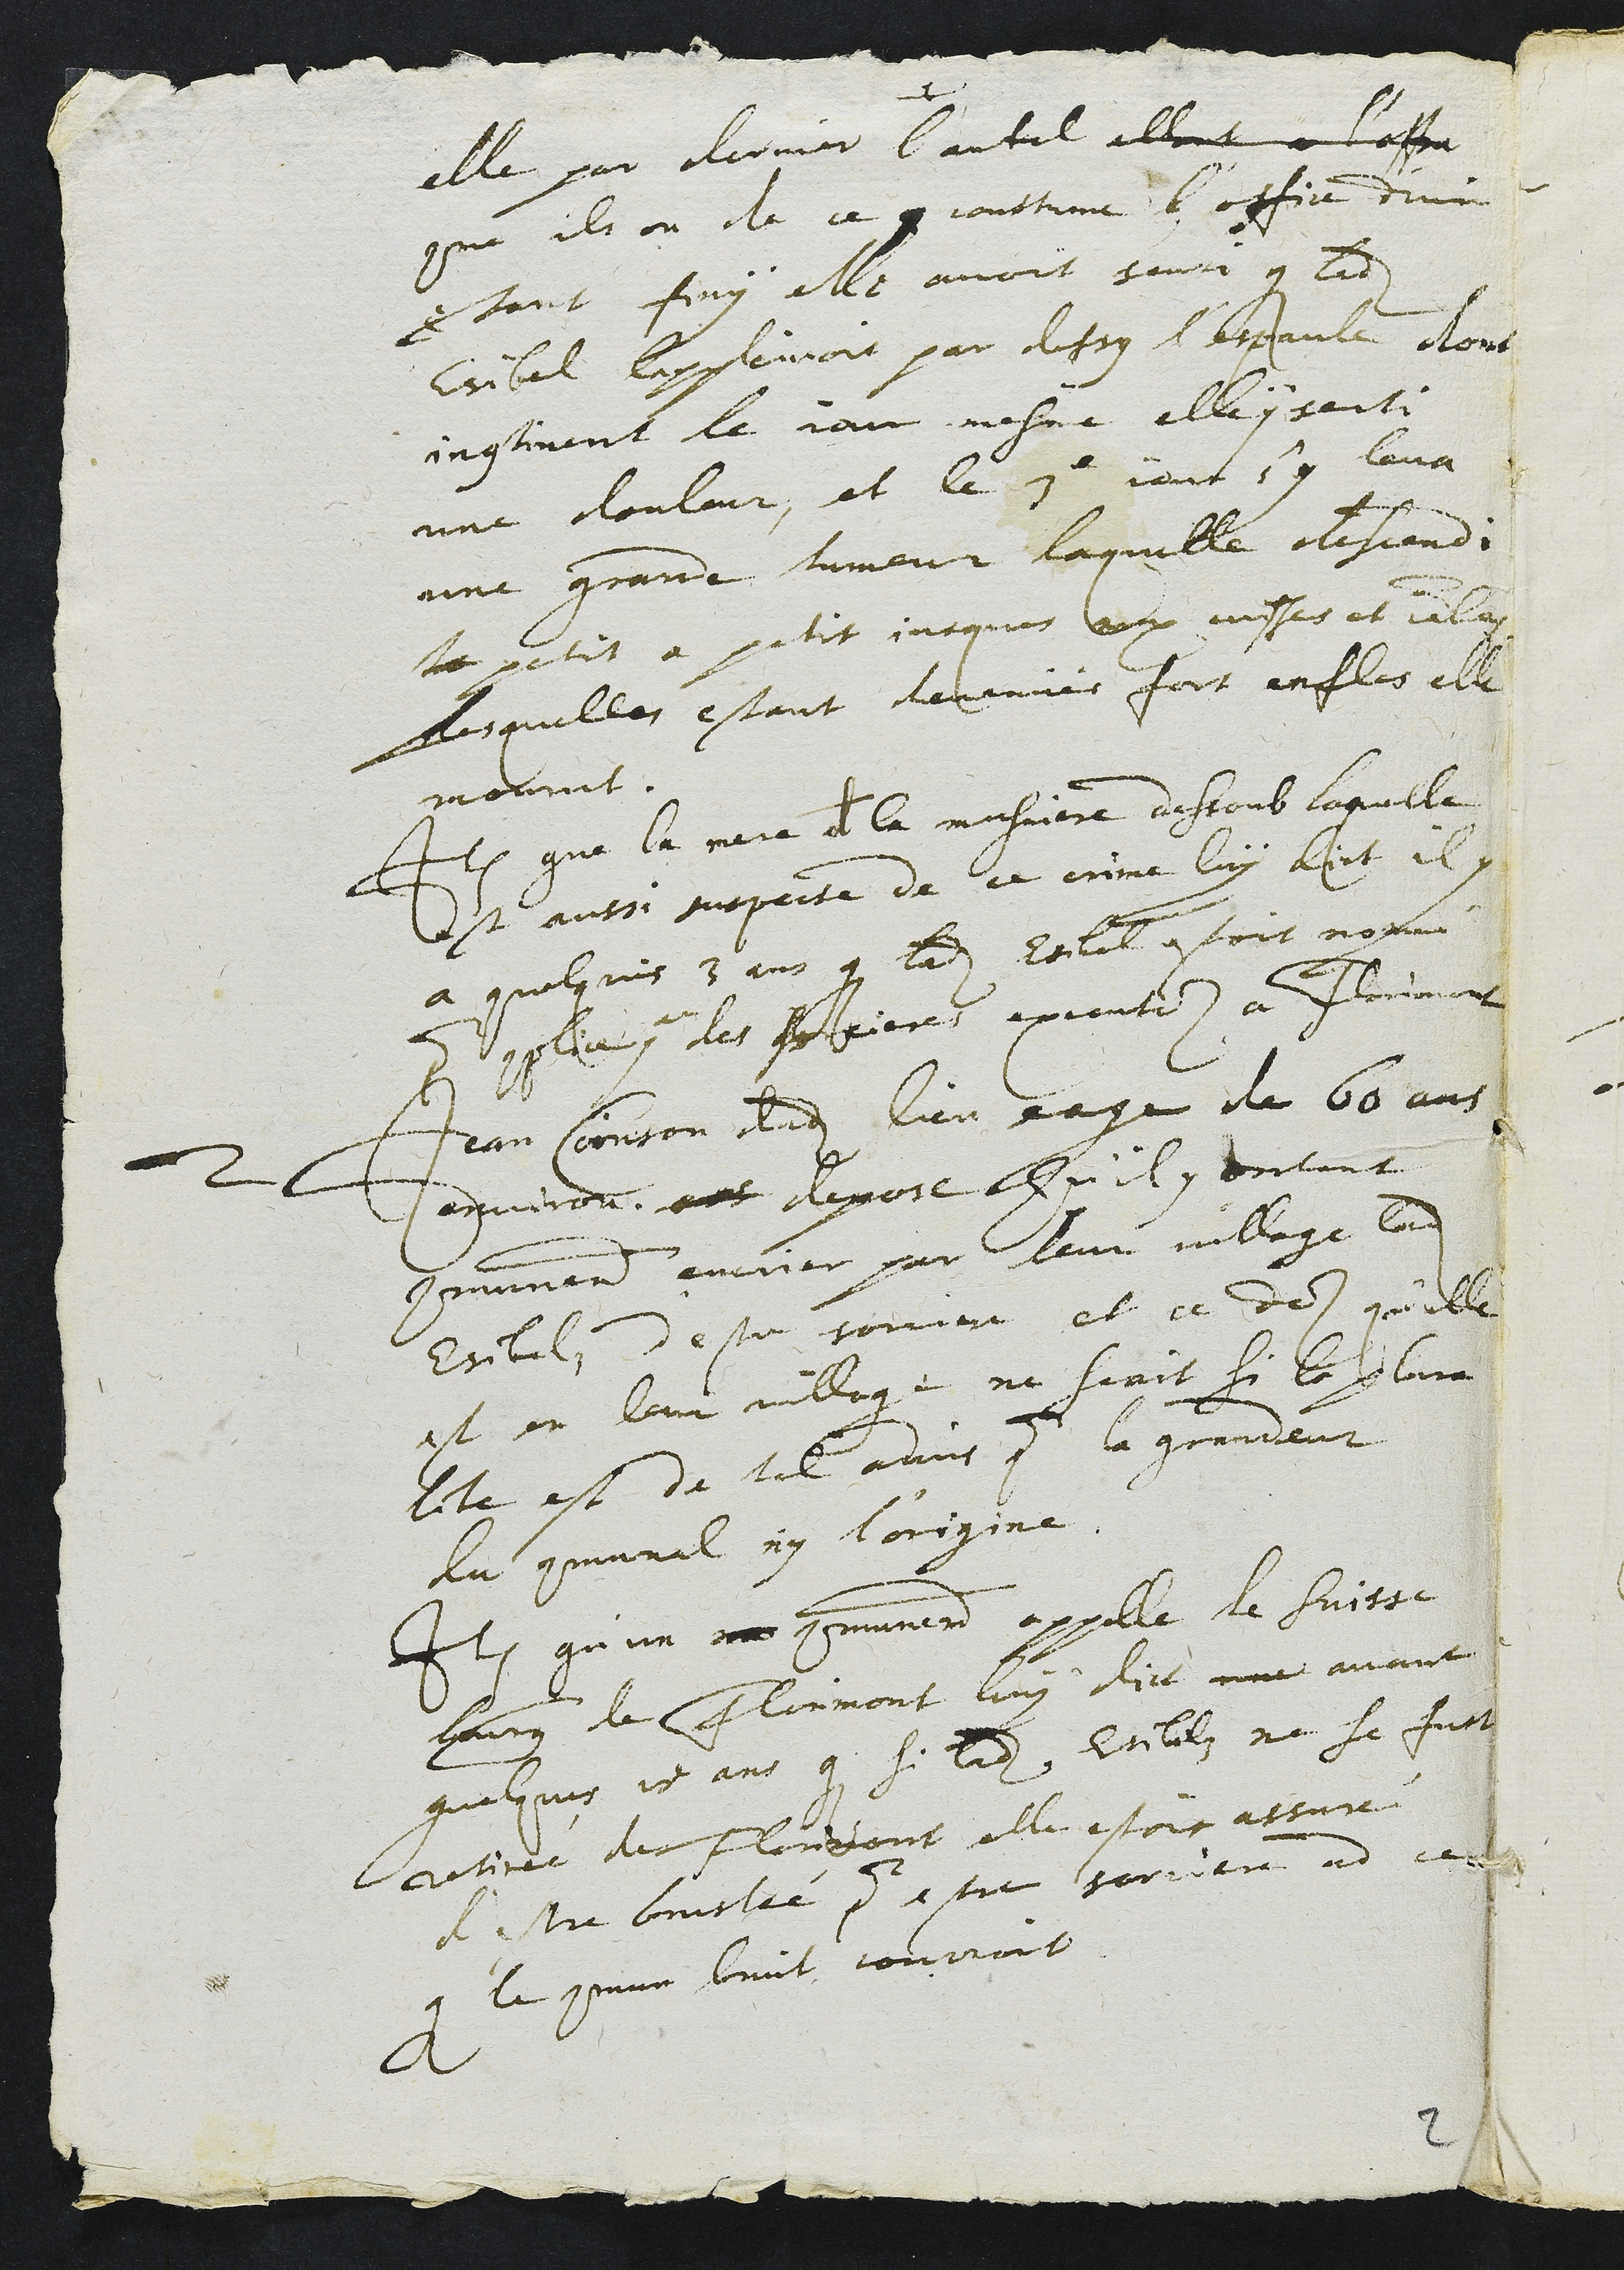
elle par derrier l'autel allant a l'office
comme ils on de ce q coustume l'office divin
estant finy elle avoit senti que ladite
Esible lappleinoit par dessus l'espaule dont
incontinent le jour mesme elle y senti
une douleur, et le 3e jour s'y leva
une grande tumeur laquelle descendi
le petit a petit jusques aux cuisses et jambes
Lesquelles estant devenues fort enfles elle
mourut.
Item que la mere a la meusniere dessoub laquelle
est aussi suspecte de ce crime luy dict il y
a quelques 3 ans que ladite Esibel estoit nommée
pour complice par des sorcieres executes a Florimont
2 Jean Coinson dudit lieu eage de 60 ans
environ est depose Qu'il y entant
communement encrier par leur village ladite
Esibel d'estre sorciere et ce des qu'elle
est en leur village ne scait si le plura
lite est de tel advis pour la grandeur
du communal ny l'origine
Item qu'un no communement appelle le Suisse
bourgeois de Florimont luy dict une avant
quelques 15 ans que si ladite Esibelz ne se fust
retirée de Florimont elle estoit assuré
d'estre bruslée pour estre sorciere ad ce
que le commun bruit courroit